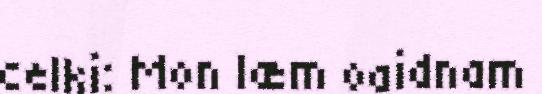
celki: Mon læm oaidnam